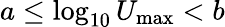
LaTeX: a\le\log_{10}U_{\mathrm{max}}<b